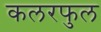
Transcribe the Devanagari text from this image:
कलरफुल